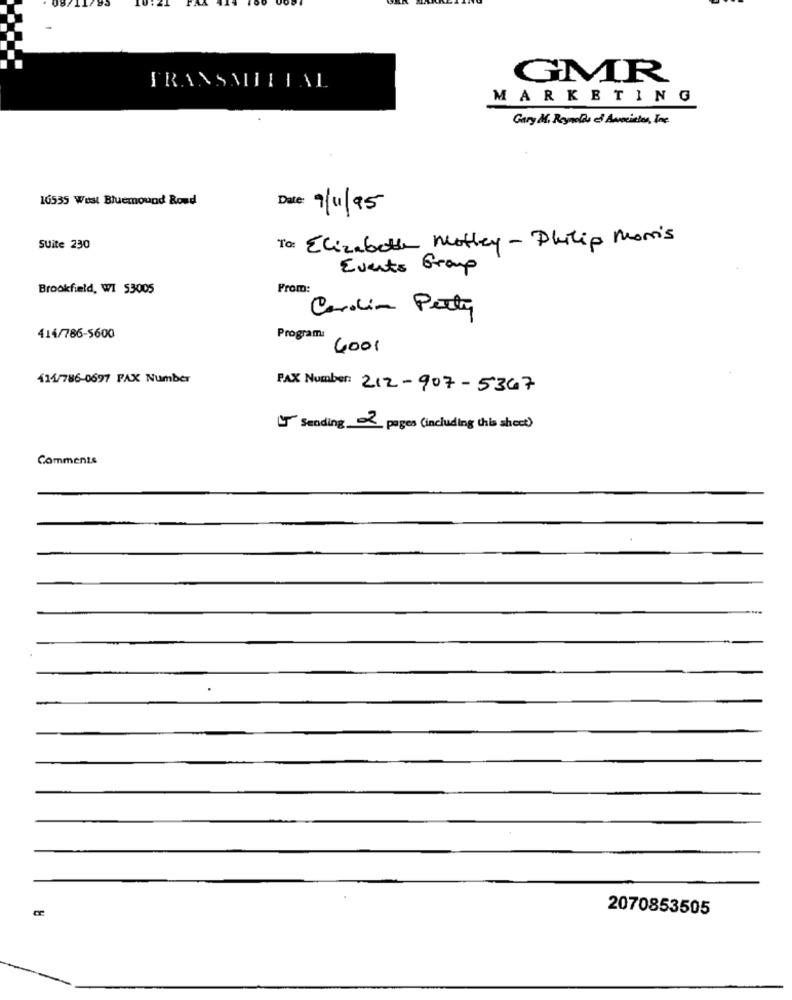
GMR
FRANSMIIETAL
MARKETING
Gary M. Reynolds of Aancielos, Inc.
16535 West Bluemound Rond
:9/11/95
To: Elizabeth Motley- Philip Morris
Suite 230
Events Group
Brookfield, WI 53005
From:
Carolin Perty
414/786-5600
Program:
4001
414/786-0697 FAX Number
FAX Number: 212-907-5367
Sending 2 pages (including this shoot)
Comments
2070853505